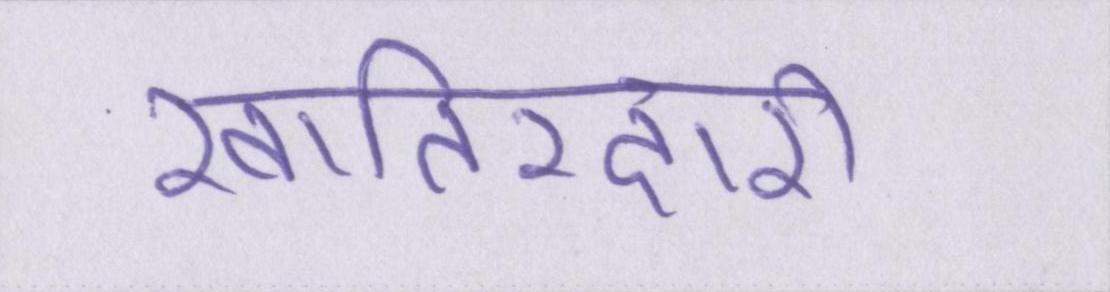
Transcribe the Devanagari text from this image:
खातिरदारी